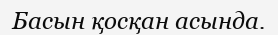
Басын қосқан асында.